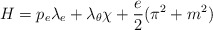
\begin{align*}H=p_e\lambda_e+\lambda_\theta\chi+\frac{e}{2}(\pi^2+m^2)\end{align*}